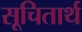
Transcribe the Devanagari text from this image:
सूचितार्थ